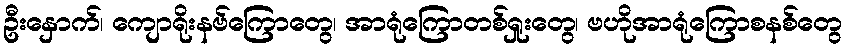
ဦးနှောက်၊ ကျောရိုးနဗ်ကြောတွေ၊ အာရုံကြောတစ်ရှုးတွေ၊ ဗဟိုအာရုံကြောစနစ်တွေ